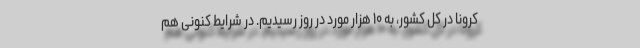
کرونا در کل کشور، به ۱۰ هزار مورد در روز رسیدیم. در شرایط کنونی هم